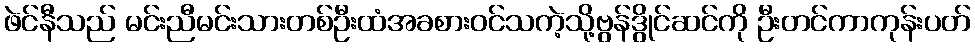
ဖဲင်နီသည် မင်းညီမင်းသားတစ်ဦးထံအခစားဝင်သကဲ့သို့ဗွန်ဒွိုင်ဆင်ကို ဦးတင်ကာကုန်းပတ်